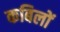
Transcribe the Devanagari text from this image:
कबिलों